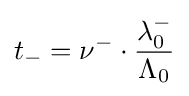
t_{-}=\nu ^{-}\cdot {\frac {\lambda _{0}^{-}}{\Lambda _{0}}}